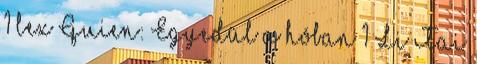
1 lex Quien: Egyedül a hóban 1 Li Tai